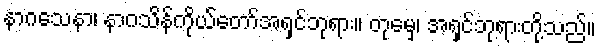
နာဂသေနာ၊ နာဂသိန်ကိုယ်တော်အရှင်ဘုရား။ တုမှေ၊ အရှင်ဘုရားတို့သည်။